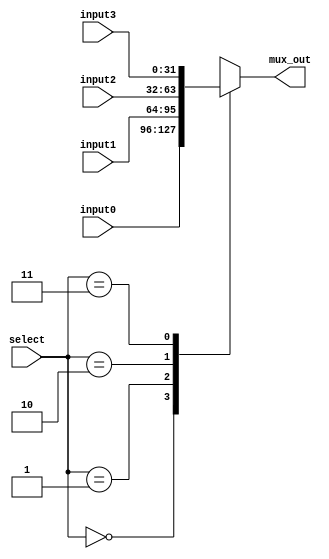
`timescale 1ns / 1ps
//////////////////////////////////////////////////////////////////////////////////
// Company: 
// Engineer: 
// 
// Design Name: 
// Module Name:    mux32 
// Project Name: 
// Target Devices: 
// Tool versions: 
// Description: 
//
// Dependencies: 
//
// Revision: 
// Revision 0.01 - File Created
// Additional Comments: 
//
//////////////////////////////////////////////////////////////////////////////////
module mux32(
	input [31:0] input0,
	input [31:0] input1,
	input [31:0] input2,
	input [31:0] input3,
	input [1:0] select,
	output reg [31:0] mux_out
    );
	 
	always@(input0 or input1 or input2 or input3 or select) begin
		case(select)
			2'd0: mux_out = input0;
			2'd1: mux_out = input1;
			2'd2: mux_out = input2;
			2'd3: mux_out = input3;
		endcase
	end

endmodule